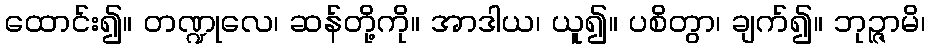
ထောင်း၍။ တဏ္ဍုလေ၊ ဆန်တို့ကို။ အာဒါယ၊ ယူ၍။ ပစိတွာ၊ ချက်၍။ ဘုဉ္ဇာမိ၊